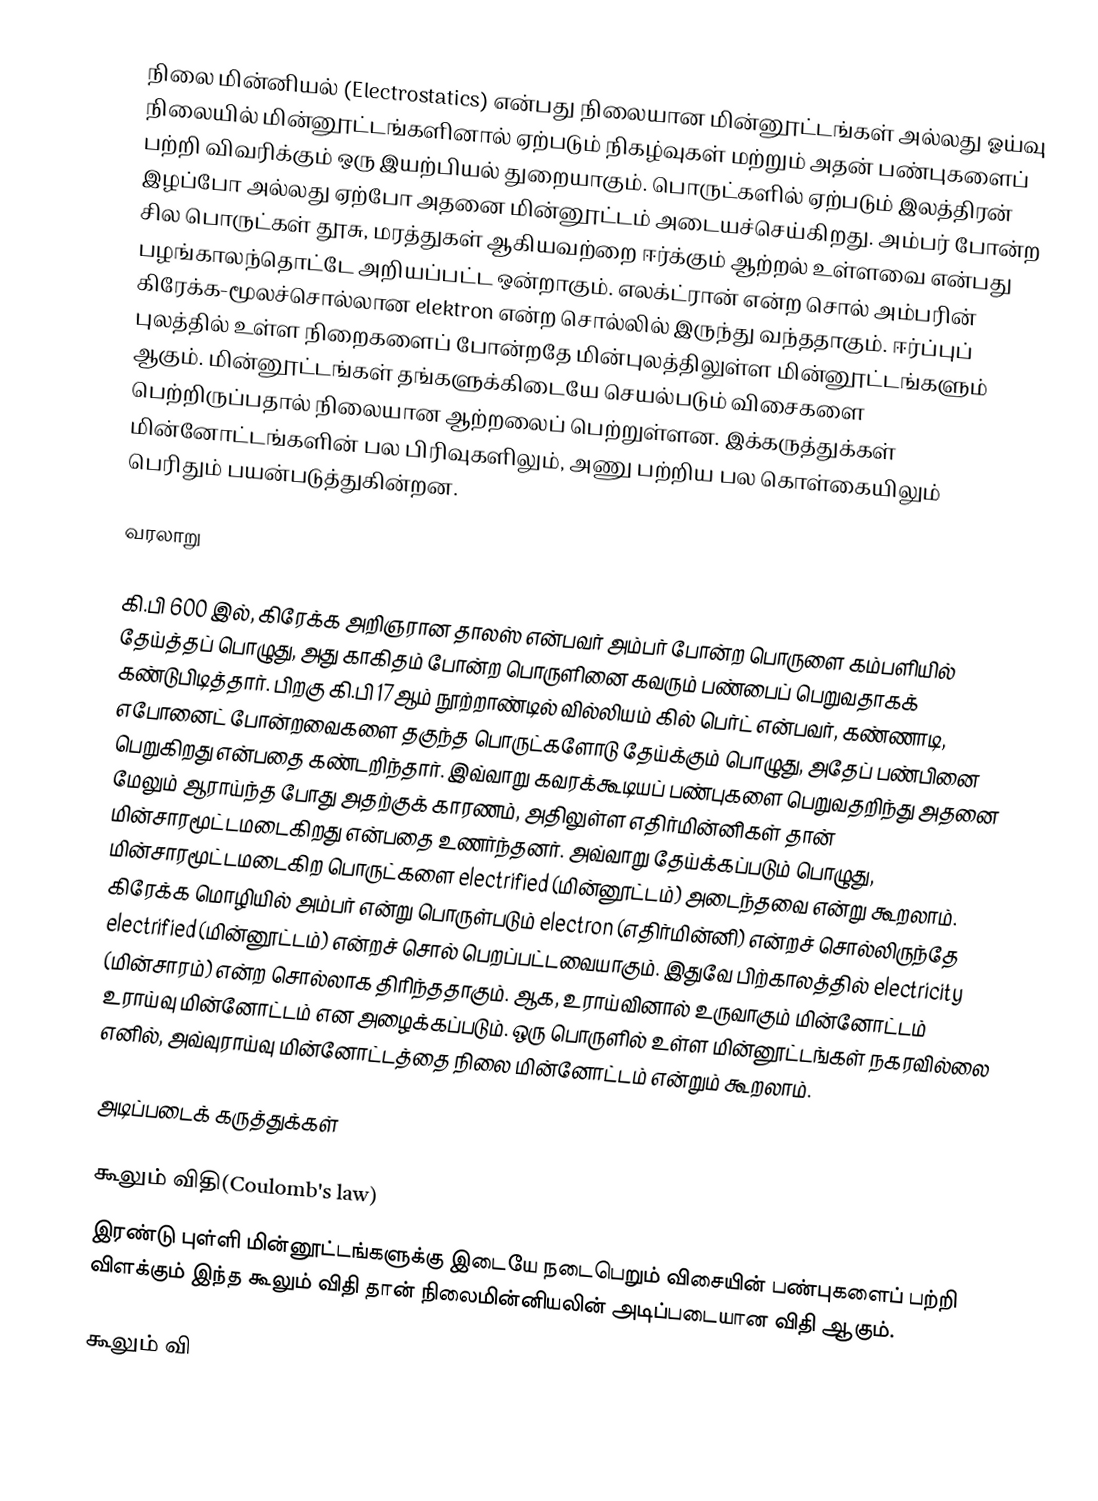
நிலை மின்னியல் (Electrostatics) என்பது நிலையான மின்னூட்டங்கள் அல்லது ஓய்வு நிலையில் மின்னூட்டங்களினால் ஏற்படும் நிகழ்வுகள் மற்றும் அதன் பண்புகளைப் பற்றி விவரிக்கும் ஒரு இயற்பியல் துறையாகும். பொருட்களில் ஏற்படும் இலத்திரன் இழப்போ அல்லது ஏற்போ அதனை மின்னூட்டம் அடையச்செய்கிறது. அம்பர்  போன்ற சில பொருட்கள் தூசு, மரத்துகள் ஆகியவற்றை ஈர்க்கும் ஆற்றல் உள்ளவை என்பது பழங்காலந்தொட்டே அறியப்பட்ட ஒன்றாகும். எலக்ட்ரான் என்ற சொல் அம்பரின் கிரேக்க-மூலச்சொல்லான elektron என்ற சொல்லில் இருந்து வந்ததாகும். ஈர்ப்புப் புலத்தில் உள்ள நிறைகளைப் போன்றதே மின்புலத்திலுள்ள மின்னூட்டங்களும் ஆகும். மின்னூட்டங்கள் தங்களுக்கிடையே செயல்படும் விசைகளை பெற்றிருப்பதால் நிலையான ஆற்றலைப் பெற்றுள்ளன. இக்கருத்துக்கள் மின்னோட்டங்களின் பல பிரிவுகளிலும், அணு பற்றிய பல கொள்கையிலும் பெரிதும் பயன்படுத்துகின்றன.

வரலாறு

கி.பி 600 இல், கிரேக்க அறிஞரான தாலஸ் என்பவர் அம்பர் போன்ற பொருளை கம்பளியில் தேய்த்தப் பொழுது, அது காகிதம் போன்ற பொருளினை கவரும் பண்பைப் பெறுவதாகக் கண்டுபிடித்தார். பிறகு கி.பி 17ஆம் நூற்றாண்டில் வில்லியம் கில் பெர்ட் என்பவர், கண்ணாடி, எபோனைட் போன்றவைகளை தகுந்த பொருட்களோடு தேய்க்கும் பொழுது, அதேப் பண்பினை பெறுகிறது என்பதை கண்டறிந்தார். இவ்வாறு கவரக்கூடியப் பண்புகளை பெறுவதறிந்து அதனை மேலும் ஆராய்ந்த போது அதற்குக் காரணம், அதிலுள்ள எதிர்மின்னிகள் தான் மின்சாரமூட்டமடைகிறது என்பதை உணர்ந்தனர். அவ்வாறு தேய்க்கப்படும் பொழுது, மின்சாரமூட்டமடைகிற பொருட்களை electrified (மின்னூட்டம்) அடைந்தவை என்று கூறலாம். கிரேக்க மொழியில் அம்பர் என்று பொருள்படும் electron (எதிர்மின்னி) என்றச் சொல்லிருந்தே electrified (மின்னூட்டம்) என்றச் சொல் பெறப்பட்டவையாகும். இதுவே பிற்காலத்தில் electricity (மின்சாரம்) என்ற சொல்லாக திரிந்ததாகும். ஆக, உராய்வினால் உருவாகும் மின்னோட்டம் உராய்வு மின்னோட்டம் என அழைக்கப்படும். ஒரு பொருளில் உள்ள மின்னூட்டங்கள்  நகரவில்லை எனில், அவ்வுராய்வு மின்னோட்டத்தை நிலை மின்னோட்டம் என்றும் கூறலாம்.

அடிப்படைக் கருத்துக்கள்

கூலும் விதி(Coulomb's law)
இரண்டு புள்ளி மின்னூட்டங்களுக்கு இடையே நடைபெறும் விசையின் பண்புகளைப் பற்றி விளக்கும் இந்த கூலும் விதி தான் நிலைமின்னியலின் அடிப்படையான விதி ஆகும்.

கூலும் வி